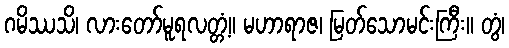
ဂမိဿသိ၊ လားတော်မူရလတ္တံ့။ မဟာရာဇ၊ မြတ်သောမင်းကြီး။ တွံ၊